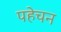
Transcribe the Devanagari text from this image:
पहेचन